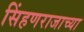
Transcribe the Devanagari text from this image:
सिंहणराजाच्या